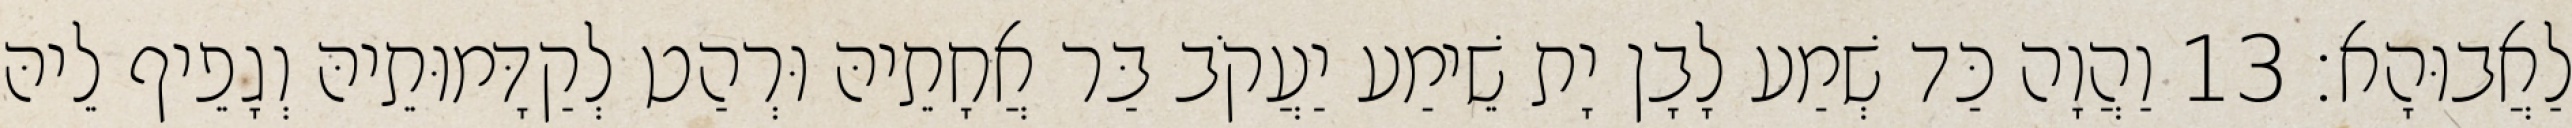
לַאֲבוּהָא׃ 13 וַהֲוָה כַּד שְׁמַע לָבָן יָת שֵׁימַע יַעֲקֹב בַּר אֲחָתֵיהּ וּרְהַט לְקַדָּמוּתֵיהּ וְגָפֵיף לֵיהּ